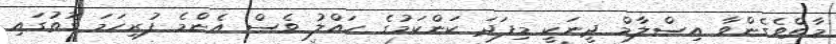
މާތްވެގެންވާ އިސްލާމް ދީނަކީ މިފަދަ ކަންކަމުގެ ހައްލު ވެސް އެންމެ ފުރިހަމަ ގޮތުގައި